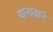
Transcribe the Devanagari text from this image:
यानावाने